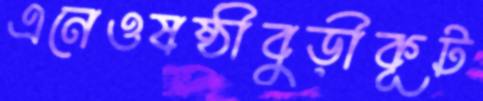
এনেওষষ্ঠীবুড়ীকূট